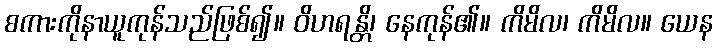
စကားကိုနာယူကုန်သည်ဖြစ်၍။ ဝိဟရန္တိ၊ နေကုန်၏။ ကိမိလ၊ ကိမိလ။ ယေန